Jaan_Tonisson_(Lasteleht), lk 258
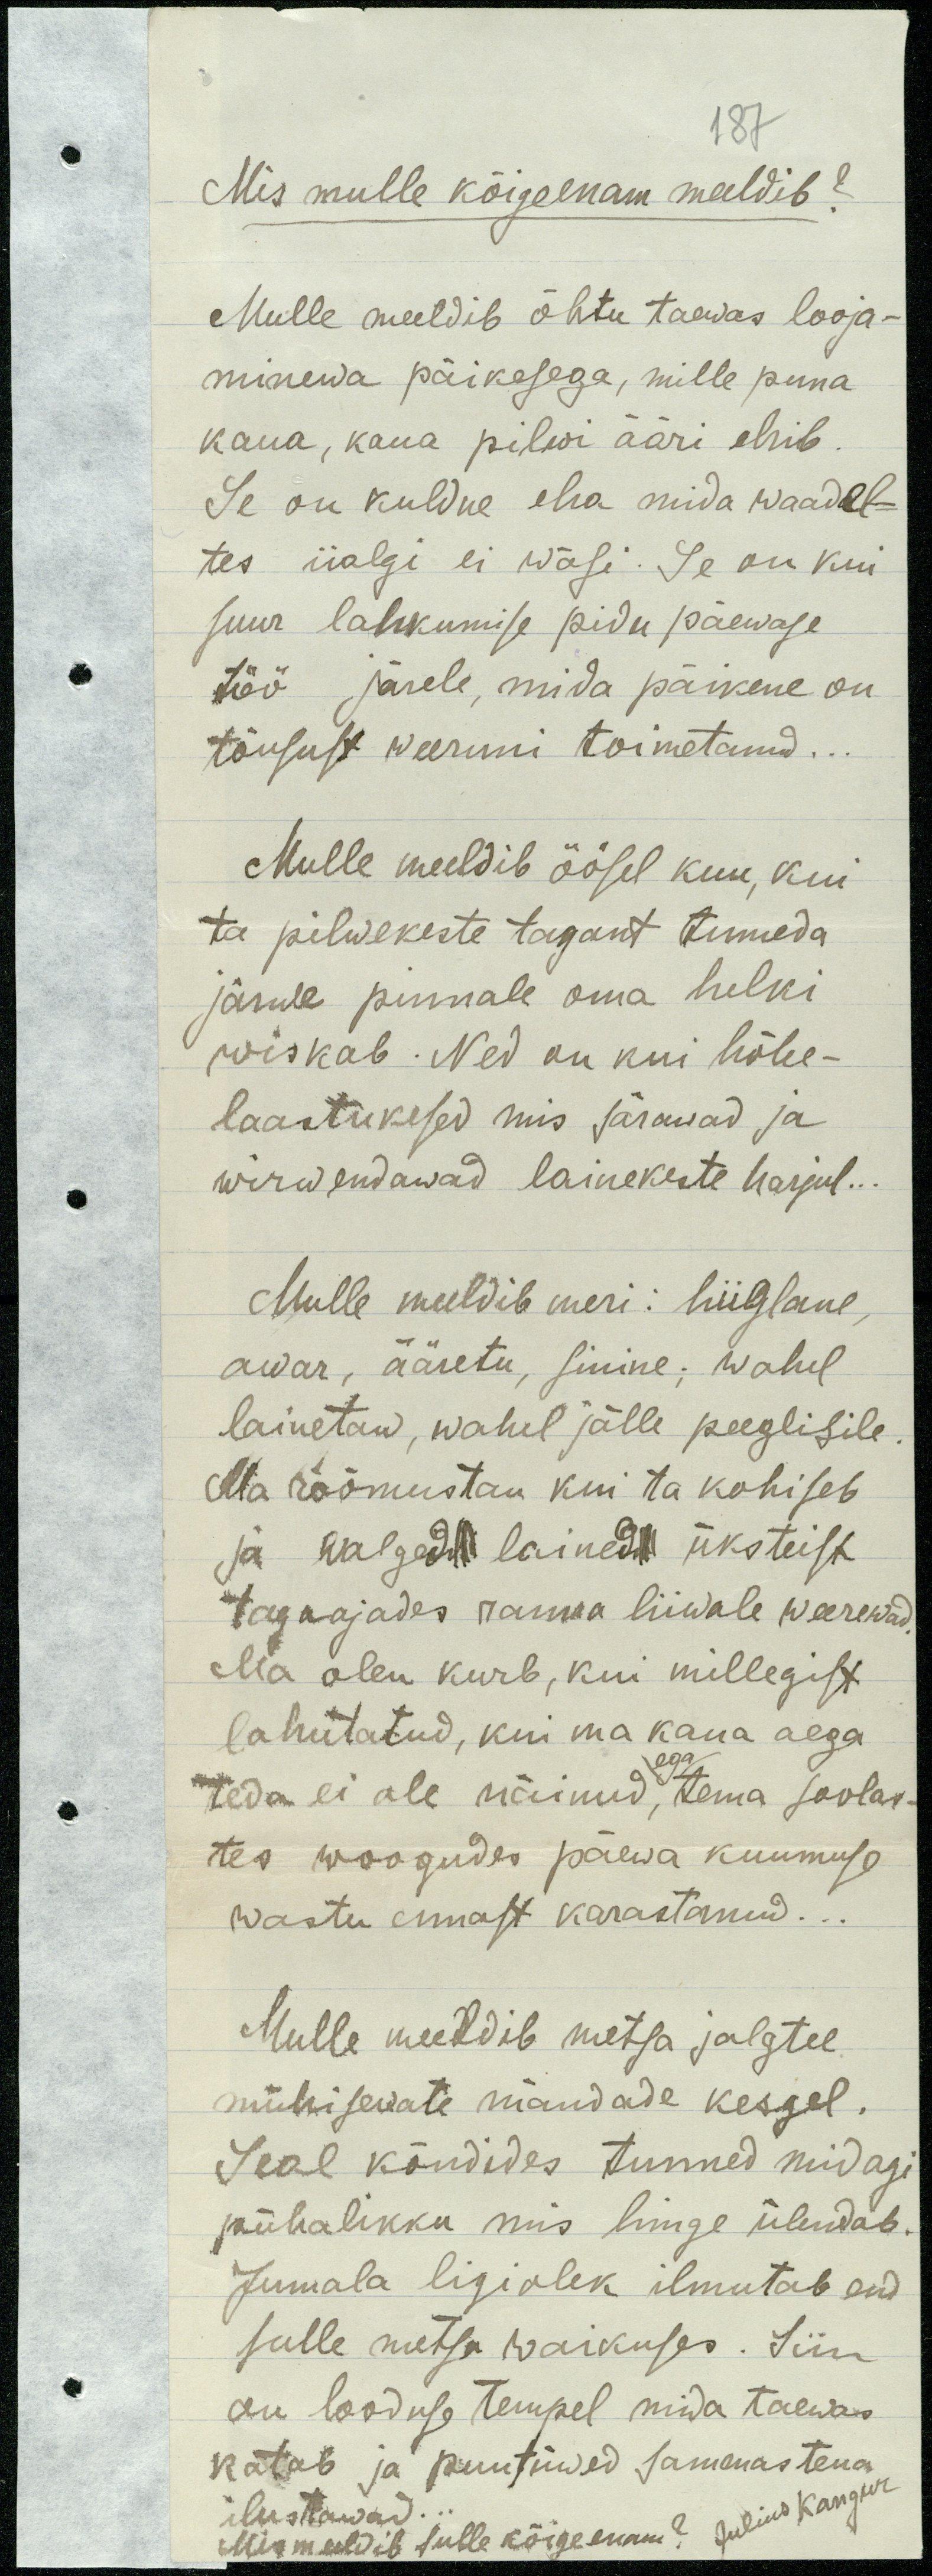
187
Mis mulle kõigeenam meeldib?
Mulle meeldib õhtu taewas looja-
minewa päikesega, mille puna
kaua, kaua pilwi ääri ehib
Se on kuldne eha mida waadel-
tes iialgi ei wäsi. Se on kui
suur lahkumise pidu päewase
töö järele, mida päikene on
tõusust weeruni toimetanud.
Mulle meeldib öösel kuu, kui
ta pilwekeste tagant tumeda
järwe pinnale oma helki
wiskab. Ned on kui hõbe-
laastukesed mis särawad ja
wirwendawad lainekeste harjul..
Mulle meeldib meri: hiiglane
awar, ääretu, sinine; wahel
lainetaw, wahel jälle peeglisile
Ma rõõmustan kui ta kohiseb
ja walged lained üksteist
tagaajades ranna liiwale weerewad.
Ma olen kurb, kui millegist
lahutatud, kui ma kaua aega
ega
teda ei ole näinud, tema soolas-
tes woogudes päewa kuumuse
wastu ennast karastanud.
Mulle meeldib metsa jalgtee
mühisewate mändade kesgel.
Seal kõndides tunned midagi
pühalikku mis hinge ülendab.
Jumala ligiolek ilmutab end
sulle metsa waikuses. Siin
on looduse tempel mida taewas
katab ja puutüwed sammastena
Mis meeldib sulle kõige enam? Julius Kangur
ilustawad.